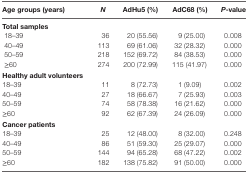
<table><thead><tr><td><b>Age groups (years)</b></td><td><b><i>N</i></b></td><td><b>AdHu5 (%)</b></td><td><b>AdC68 (%)</b></td><td><b><i>P</i>-value</b></td></tr></thead><tbody><tr><td><b>Total samples</b></td><td></td><td></td><td></td><td></td></tr><tr><td>18–39</td><td>36</td><td>20 (55.56)</td><td>9 (25.00)</td><td>0.008</td></tr><tr><td>40–49</td><td>113</td><td>69 (61.06)</td><td>32 (28.32)</td><td>0.000</td></tr><tr><td>50–59</td><td>218</td><td>152 (69.72)</td><td>84 (38.53)</td><td>0.000</td></tr><tr><td> ≥60</td><td>274</td><td>200 (72.99)</td><td>115 (41.97)</td><td>0.000</td></tr><tr><td><b>Healthy adult volunteers</b></td><td></td><td></td><td></td><td></td></tr><tr><td>18–39</td><td>11</td><td>8 (72.73)</td><td>1 (9.09)</td><td>0.002</td></tr><tr><td>40–49</td><td>27</td><td>18 (66.67)</td><td>7 (25.93)</td><td>0.003</td></tr><tr><td>50–59</td><td>74</td><td>58 (78.38)</td><td>16 (21.62)</td><td>0.000</td></tr><tr><td>≥60</td><td>92</td><td>62 (67.39)</td><td>24 (26.09)</td><td>0.000</td></tr><tr><td><b>Cancer patients</b></td><td></td><td></td><td></td><td></td></tr><tr><td>18–39</td><td>25</td><td>12 (48.00)</td><td>8 (32.00)</td><td>0.248</td></tr><tr><td>40–49</td><td>86</td><td>51 (59.30)</td><td>25 (29.07)</td><td>0.000</td></tr><tr><td>50–59</td><td>144</td><td>94 (65.28)</td><td>68 (47.22)</td><td>0.002</td></tr><tr><td>≥60</td><td>182</td><td>138 (75.82)</td><td>91 (50.00)</td><td>0.000</td></tr></tbody></table>